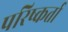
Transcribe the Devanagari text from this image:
परिष्कर्ता